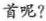
首呢?